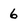
Character: 6